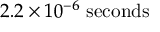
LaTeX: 2 . 2 \times 1 0 ^ { - 6 } \ \mathrm { s e c o n d s }